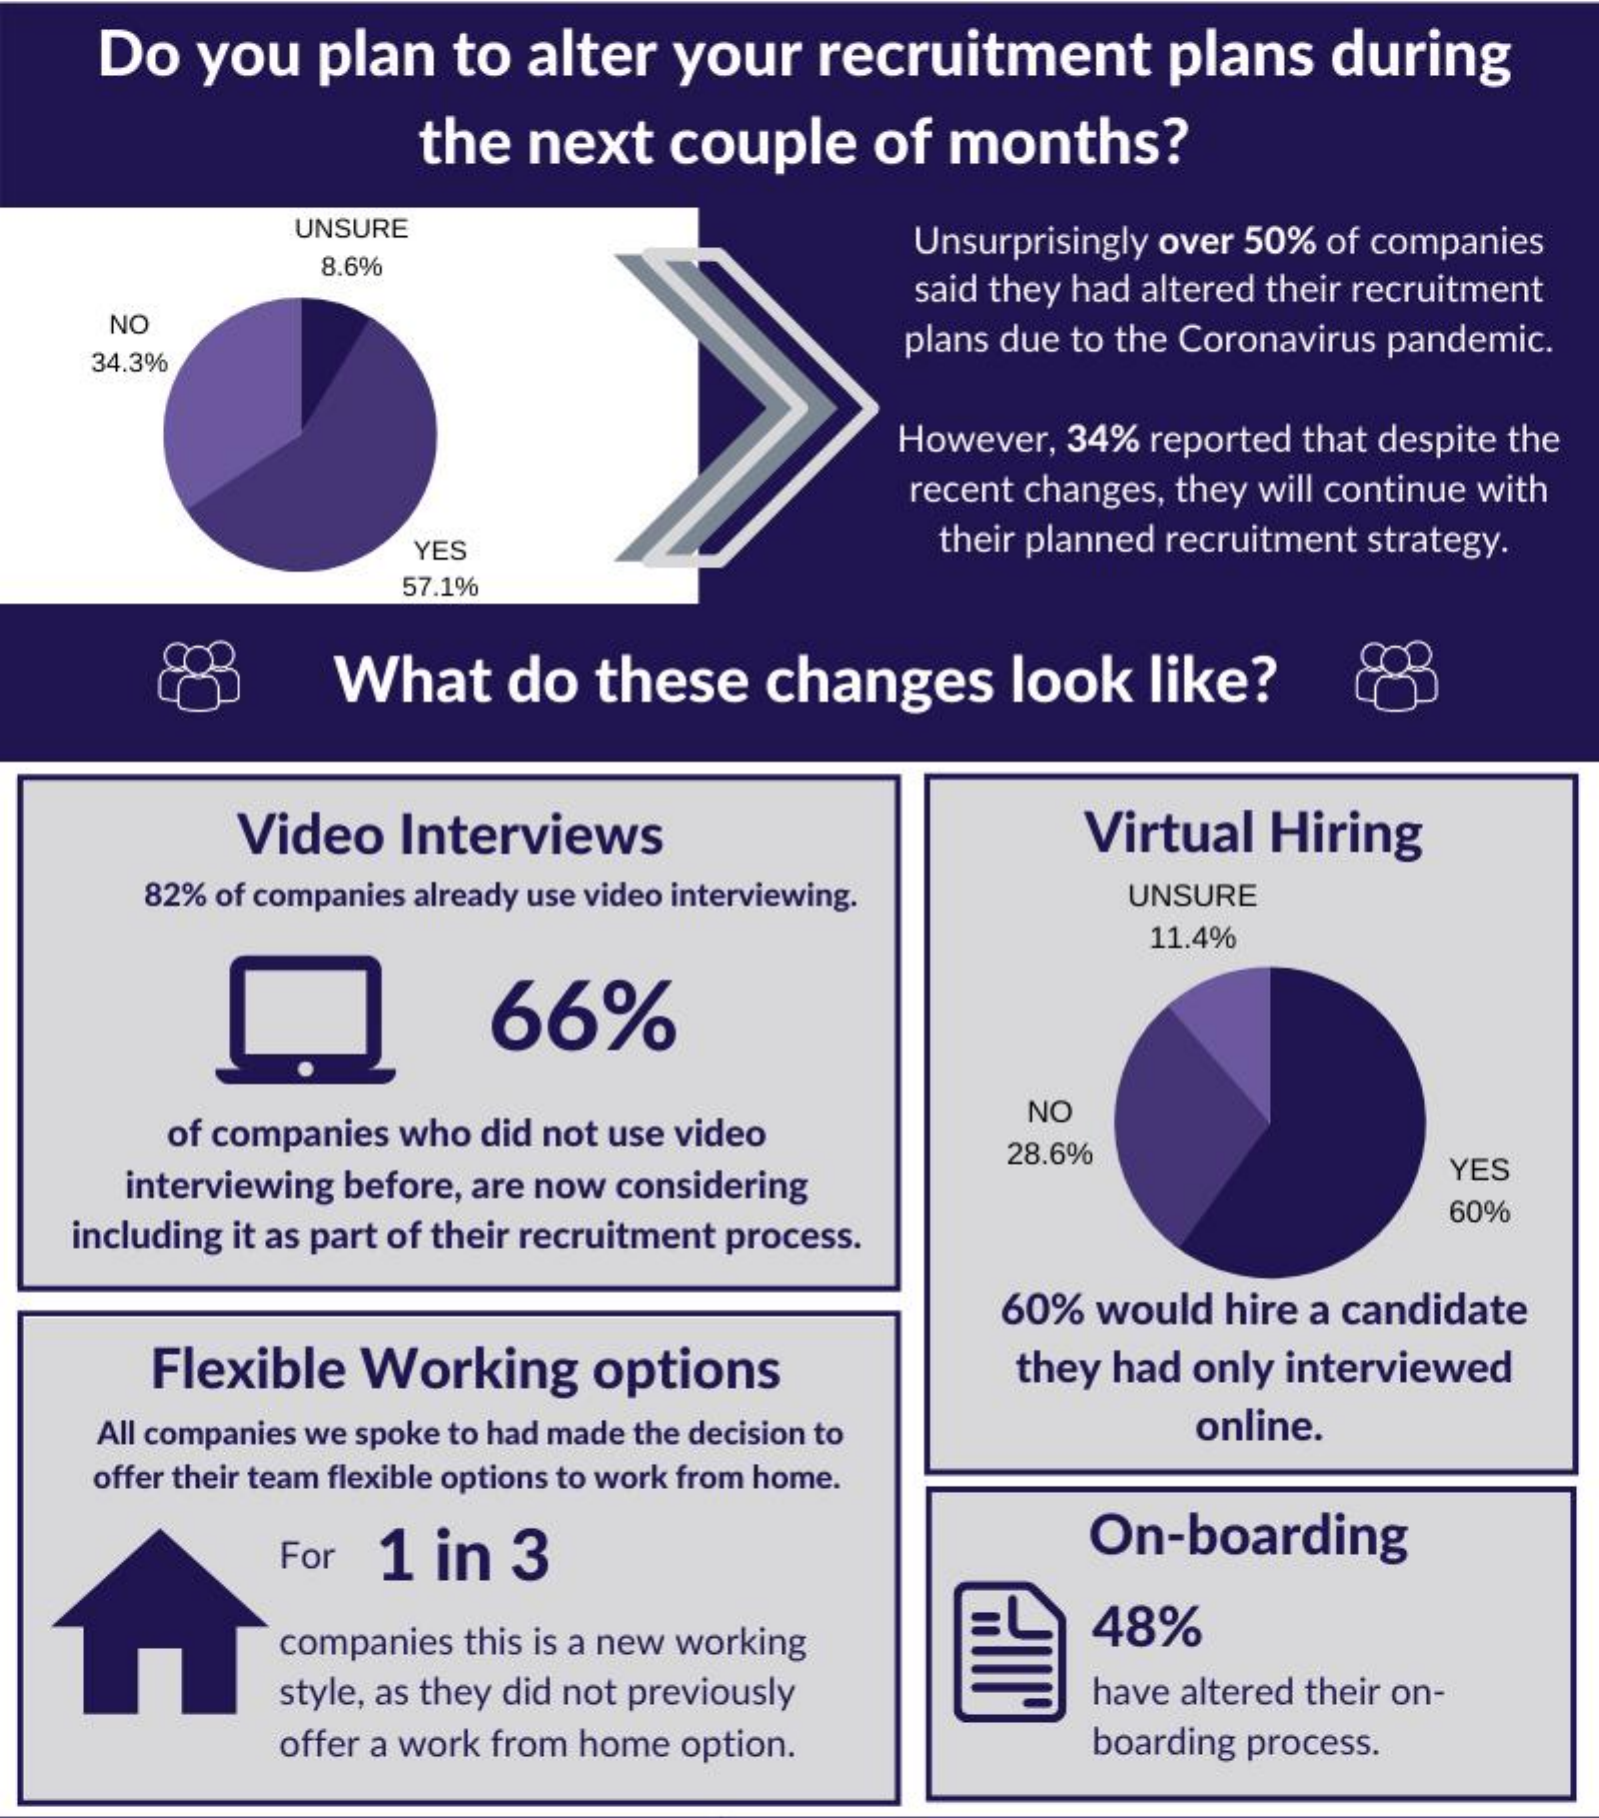
Do  you plan  to alter your recruitment  plans  during
     the  next couple  of months?
     UNSURE
     Unsurprisingly over 50% of companies
     8.6%
     said they had altered their recruitment
     NO
     plans due to the Coronavirus pandemic.
    34.3%
     However, 34% reported that despite the
     recent changes, they will continue with
     YES    their planned recruitment strategy.
     57.1%
     What   do these  changes  look  like?
     Video  Interviews    Virtual Hiring
     82% of companies already use video interviewing. UNSURE
     11.4%
     66%
     of companies who did not use video
     NC
     interviewing before, are now considering
     28.6%
     YES
   including it as part of their recruitment process.
     60%
     60% would hire a candidate
     Flexible Working options    they had only interviewed
    All companies we spoke to had made the decision to online.
    offer their team flexible options to work from home.
     For 1 in 3    On-boarding
     companies this is a new working 48%
     style, as they did not previously have altered their on-
     offer a work from home option.  boarding process.